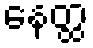
နေတ္ထ